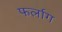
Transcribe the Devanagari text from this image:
फर्लाग